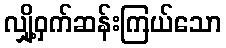
လျှို့ဝှက်ဆန်းကြယ်သော